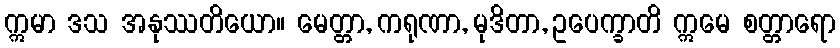
ဣမာ ဒသ အနုဿတိယော။ မေတ္တာ, ကရုဏာ, မုဒိတာ, ဥပေက္ခာတိ ဣမေ စတ္တာရော